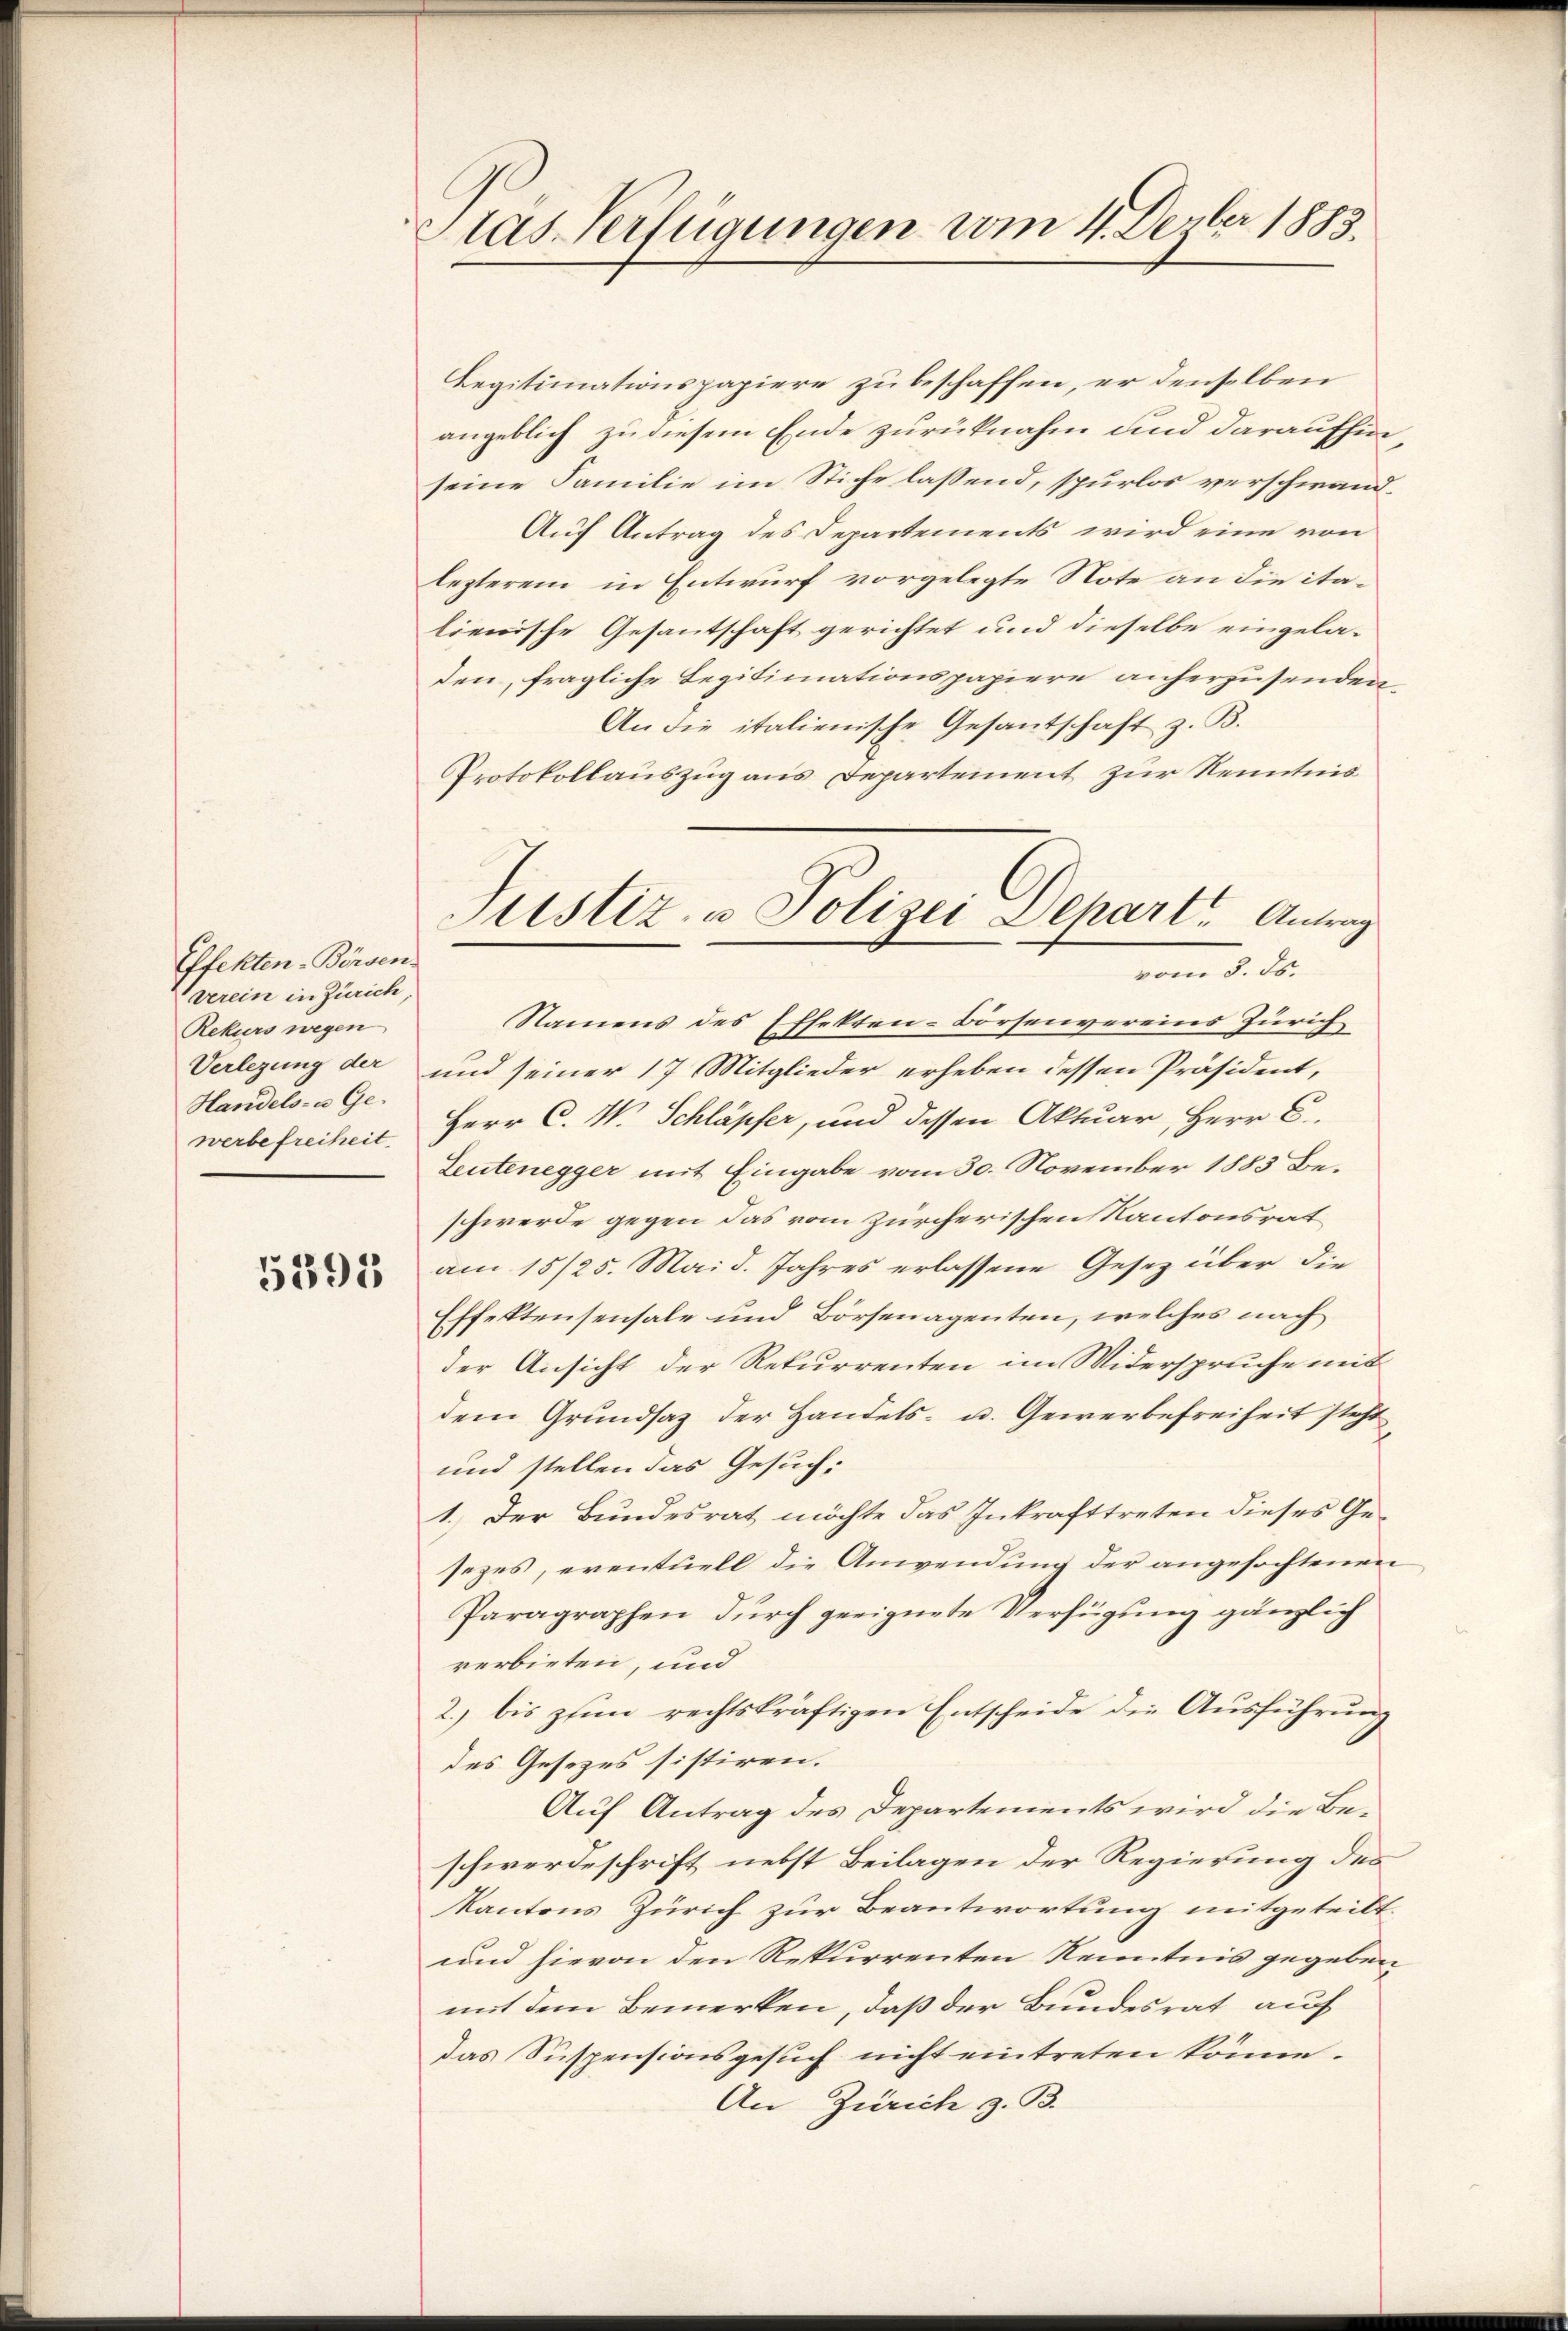
Effekten-Börsen.
verein in Zürich,
Rekurs wegen
Handels- u Ge-
werbefreiheit.

5395

Aas Verfügungen vom 4. Dezber 1883.

Legitimationspapiere zu beschaffen, er denselben
angeblich zu diesem Ende zurücknahm und daraufhin
seine Familie im Stiche lassend, spurlos verschwand¬
Auf Antrag des Departements wird eine von
lezterem in Entwurf vorgelegte Note an die italienische Gesantschaft gerichtet und dieselbe eingeladen, fragliche Legitimationspapiere anherzusenden,
An die italienische Gesantschaft z. B.
Protokollauszug aus Departement zur Kenntnis

Justiz- u Polizei Depart. Antrag
vom 8. ds.

Namens des Effekten-Börsenvereins Zürich
Verlegung der und seiner 17 Mitglieder erheben dessen Präsident,
Herr C. M. Schläpfer, und dessen Aktuar, Herr C.
Leutenegger mit Eingabe vom 30. November 1883 Beschwerde gegen das vom zürcherischen Kantonsrat
am 15/25. Mai d. Jahres erlassene Gesetz über die
Effektensensale und Börsenagenten, welches nach
der Ansicht der Rekurrenten im Widerspruche mit
dem Grundsaz der Handels- u. Gewerbefreiheit steht
und stellen das Gesuch:
1.) Der Bundesrat möchte das Inkrafttreten dieses Ge-
sezes, eventuell die Anwendung der angefochtenen
Paragraphen durch geeignete Verfügung gänzlich
rerbieten, und
2. bis zum rechtskräftigen Entscheide die Ausführung
des Gesetzes sistiren.
Auf Antrag des Departements wird die Beschwerdeschrift nebst Beilagen der Regierung des
Kantons Zürich zur Beantwortung mitgeteilt.
und hievon den Rekurrenten Kenntnis gegeben
mit dem Bemerken, daß der Bundesrat auf
Das Suspensionsgesuch nicht eintreten könne.
An Zürich z. B.